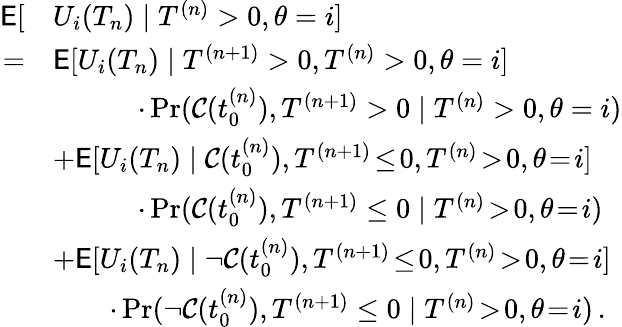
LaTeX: \begin{array}{rl}{\mathsf{E}[}&{U_{i}(T_{n})\mid T^{(n)}>0,\theta=i]}\\ {=}&{\mathsf{E}[U_{i}(T_{n})\mid T^{(n+1)}>0,T^{(n)}>0,\theta=i]}\\ &{\quad\quad\quad\cdot\operatorname*{Pr}(\mathcal{C}(t_{0}^{(n)}),T^{(n+1)}>0\mid T^{(n)}>0,\theta=i)}\\ &{+\mathsf{E}[U_{i}(T_{n})\mid\mathcal{C}(t_{0}^{(n)}),T^{(n+1)}\! \le\! 0,T^{(n)}\! >\! 0,\theta\! =\! i]}\\ &{\quad\quad\quad\cdot\operatorname*{Pr}(\mathcal{C}(t_{0}^{(n)}),T^{(n+1)}\le 0\mid T^{(n)}\! >\! 0,\theta\! =\! i)}\\ &{+\mathsf{E}[U_{i}(T_{n})\mid\neg\mathcal{C}(t_{0}^{(n)}),T^{(n+1)}\! \le\! 0,T^{(n)}\! >\! 0,\theta\! =\! i]}\\ &{\quad\quad\cdot\operatorname*{Pr}(\neg\mathcal{C}(t_{0}^{(n)}),T^{(n+1)}\le 0\mid T^{(n)}\! >\! 0,\theta\! =\! i)\, .}\end{array}